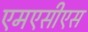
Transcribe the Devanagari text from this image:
एमएसीएस